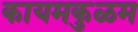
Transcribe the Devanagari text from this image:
कायमकुळम